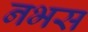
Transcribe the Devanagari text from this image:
नभस